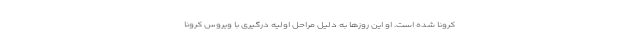
کرونا شده است. او این روزها به دلیل مراحل اولیه درگیری با ویروس کرونا